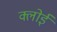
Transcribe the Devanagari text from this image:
क्लोई